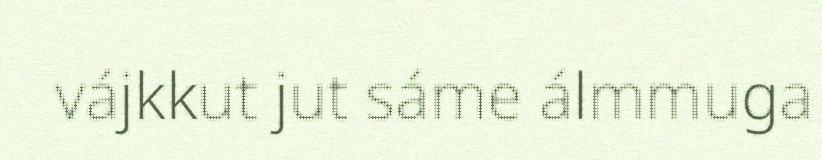
vájkkut jut sáme álmmuga